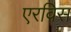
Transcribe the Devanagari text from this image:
एरविस